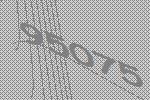
95075